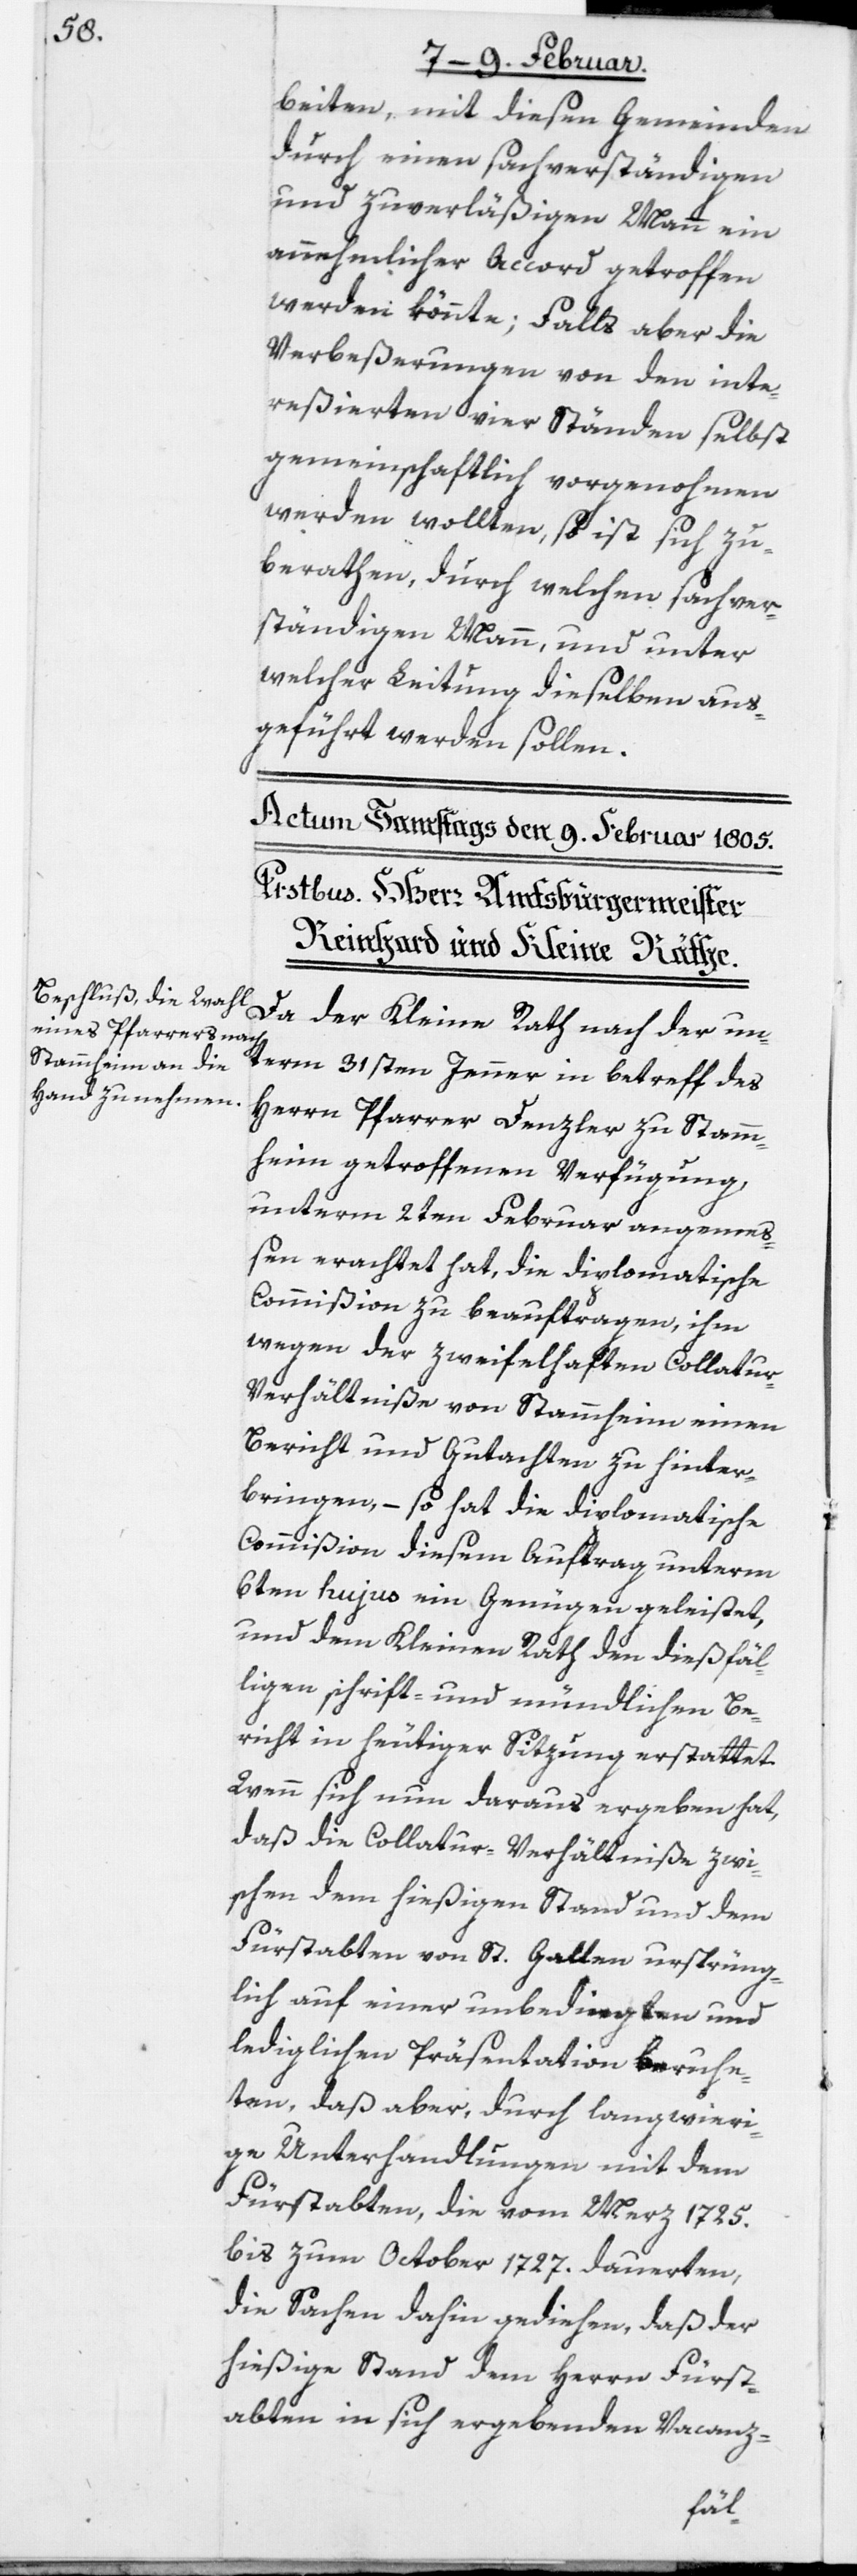
beiten, mit diesen Gemeinden
durch einen sachverständigen
und zuverläßigen Mann ein
annehmlicher Accord getroffen
werden könnte; Falls aber die
Verbeßerungen von den inte¬
reßierten vier Ständen selbst
gemeinschaftlich vorgenohmen
werden wollten, so ist sich zu
berathen, durch welchen sachver¬
ständigen Mann, und unter
welcher Leitung dieselben aus¬
geführt werden sollen.
Da der Kleine Rath nach der un¬
term 31sten Jenner in betreff des
Herrn Pfarrer Denzler zu Stamm¬
heim getroffenen Verfügung,
unterm 2ten Februar angemeß¬
en erachtet hat, die diplomatische
Commißion zu beauftragen, ihm
wegen der zweifelhaften Collatu¬
r-Verhältniße von Stammheim einen
Bericht und Gutachten zu hinter¬
bringen, – so hat die diplomatische
Commißion diesem Auftrag unterm
6ten hujus ein Genügen geleistet,
und dem Kleinen Rath den dießfäl¬
ligen schrift- und mündlichen Be¬
richt in heutiger Sitzung erstattet.
Wenn sich nun daraus ergeben hat,
daß die Collatur-Verhältniße zwi¬
schen dem hießigen Stand und dem
Fürstabten von St. Gallen ursprüng¬
lich auf einer unbedingten und
lediglichen Präsentation beruhe¬
ten, daß aber, durch langwieri¬
ge Unterhandlungen mit dem
Fürstabten, die vom Merz 1725.
bis zum October 1727. dauerten,
die Sachen dahin gediehen, daß der
hießige Stand dem Herrn Fürst¬
abten in sich ergebenden Vacanz-